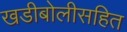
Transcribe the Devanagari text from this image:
खडीबोलीसहित